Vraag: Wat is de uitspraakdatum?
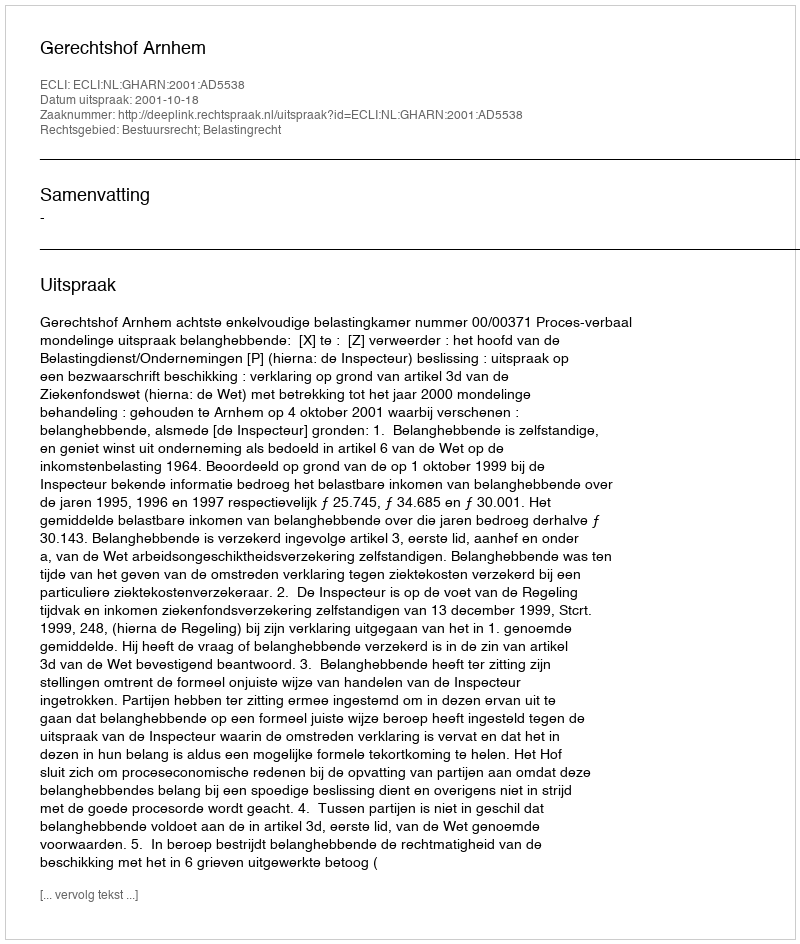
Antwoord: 2001-10-18